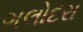
ગલોદરા